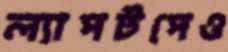
ল্যাপটপেও